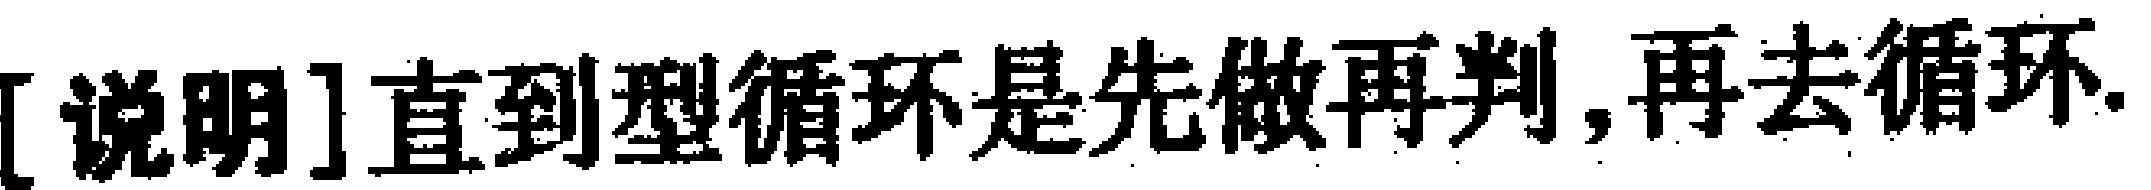
[说明]直到型循环是先做再判,再去循环.